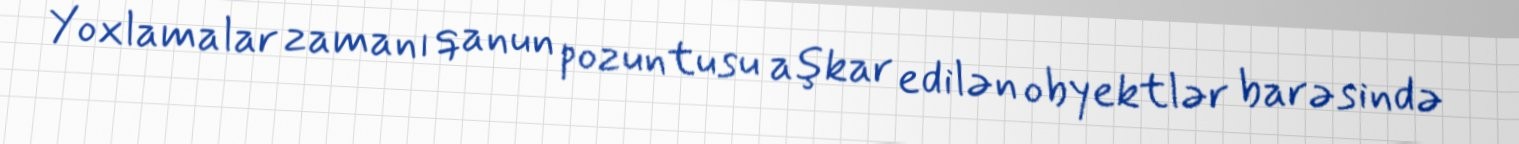
Yoxlamalar zamanı qanun pozuntusu aşkar edilən obyektlər barəsində